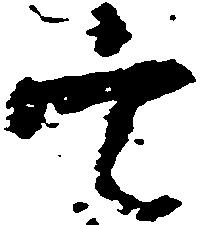
定